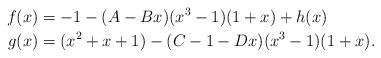
LaTeX: \begin{align*} f(x)&= -1 -(A-Bx)(x^3-1)(1+x)+ h(x) \\g(x) & = (x^2+x+1)- (C-1-Dx)(x^3-1)(1+x). \end{align*}